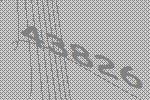
43826